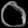
Digit: ၀